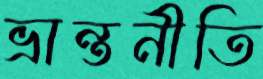
ভ্রান্তনীতি